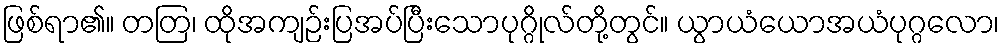
ဖြစ်ရာ၏။ တတြ၊ ထိုအကျဉ်းပြအပ်ပြီးသောပုဂ္ဂိုလ်တို့တွင်။ ယွာယံယောအယံပုဂ္ဂလော၊